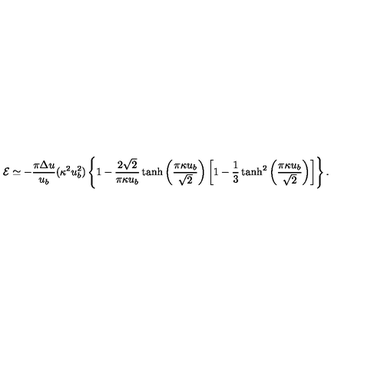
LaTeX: { \cal E } \simeq - \frac { \pi \Delta u } { u _ { b } } ( \kappa ^ { 2 } u _ { b } ^ { 2 } ) \left\{ 1 - \frac { 2 \sqrt { 2 } } { \pi \kappa u _ { b } } \tanh \left( \frac { \pi \kappa u _ { b } } { \sqrt { 2 } } \right) \left[ 1 - \frac { 1 } { 3 } \tanh ^ { 2 } \left( \frac { \pi \kappa u _ { b } } { \sqrt { 2 } } \right) \right] \right\} .